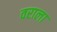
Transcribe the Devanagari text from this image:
वराला